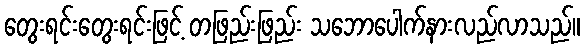
တွေးရင်းတွေးရင်းဖြင့် တဖြည်းဖြည်း သဘောပေါက်နားလည်လာသည်။